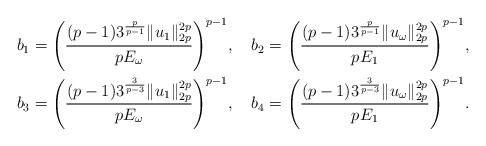
\begin{align*}&b_{1}=\Bigg(\frac{(p-1)3^{\frac{p}{p-1}}\|u_{1}\|_{2p}^{2p}}{pE_{\omega}}\Bigg)^{p-1},\ \ \ b_{2}=\Bigg(\frac{(p-1)3^{\frac{p}{p-1}}\|u_{\omega}\|_{2p}^{2p}}{pE_{1}}\Bigg)^{p-1},\\&b_{3}=\Bigg(\frac{(p-1)3^{\frac{3}{p-3}}\|u_{1}\|_{2p}^{2p}}{pE_{\omega}}\Bigg)^{p-1},\ \ \ b_{4}=\Bigg(\frac{(p-1)3^{\frac{3}{p-3}}\|u_{\omega}\|_{2p}^{2p}}{pE_{1}}\Bigg)^{p-1}.\end{align*}